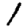
Digit: 1